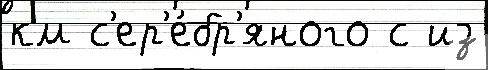
км с'ер'е́бр'яного с из